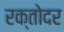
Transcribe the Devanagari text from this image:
रक्तोदर